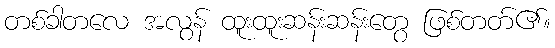
တစ်ခါတလေ အလွန် ထူးထူးဆန်းဆန်းတွေ ဖြစ်တတ်၏။